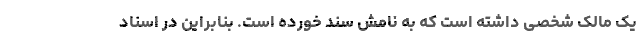
یک مالک شخصی داشته است که به نامش سند خورده است. بنابراین در اسناد